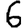
Digit: 6